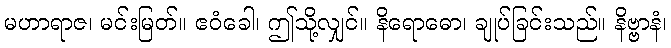
မဟာရာဇ၊ မင်းမြတ်။ ဧဝံခေါ၊ ဤသို့လျှင်။ နိရောဓော၊ ချုပ်ခြင်းသည်။ နိဗ္ဗာနံ၊